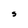
Character: S